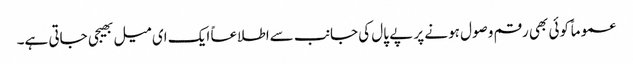
عموماً کوئی بھی رقم وصول ہونے پر پے پال کی جانب سےاطلاعاً ایک ای میل بھیجی جاتی ہے۔